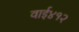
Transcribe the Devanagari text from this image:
वाई४१२